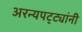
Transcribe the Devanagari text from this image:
अरन्यपट्ट्यांनी